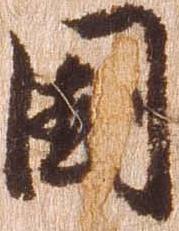
国